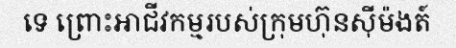
ទេ ព្រោះអាជីវកម្មរបស់ក្រុមហ៊ុនស៊ីម៉ងត៍